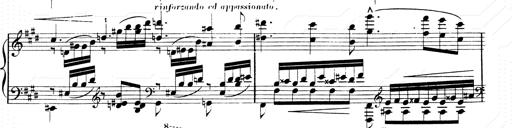
Title: 2 Transcriptions d'aprÃ¨s Rossini
Composer: Franz Liszt